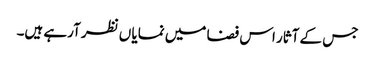
جس کے آثار اس فضا میں نمایا ں نظر آرہے ہیں۔